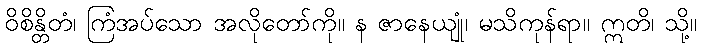
ဝိစိန္တိတံ၊ ကြံအပ်သော အလိုတော်ကို။ န ဇာနေယျုံ၊ မသိကုန်ရာ။ ဣတိ၊ သို့။